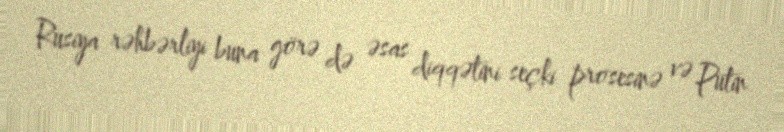
Rusiya rəhbərliyi buna görə də əsas diqqətini seçki prosesinə və Putin